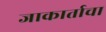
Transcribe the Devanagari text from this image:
जाकार्ताचा